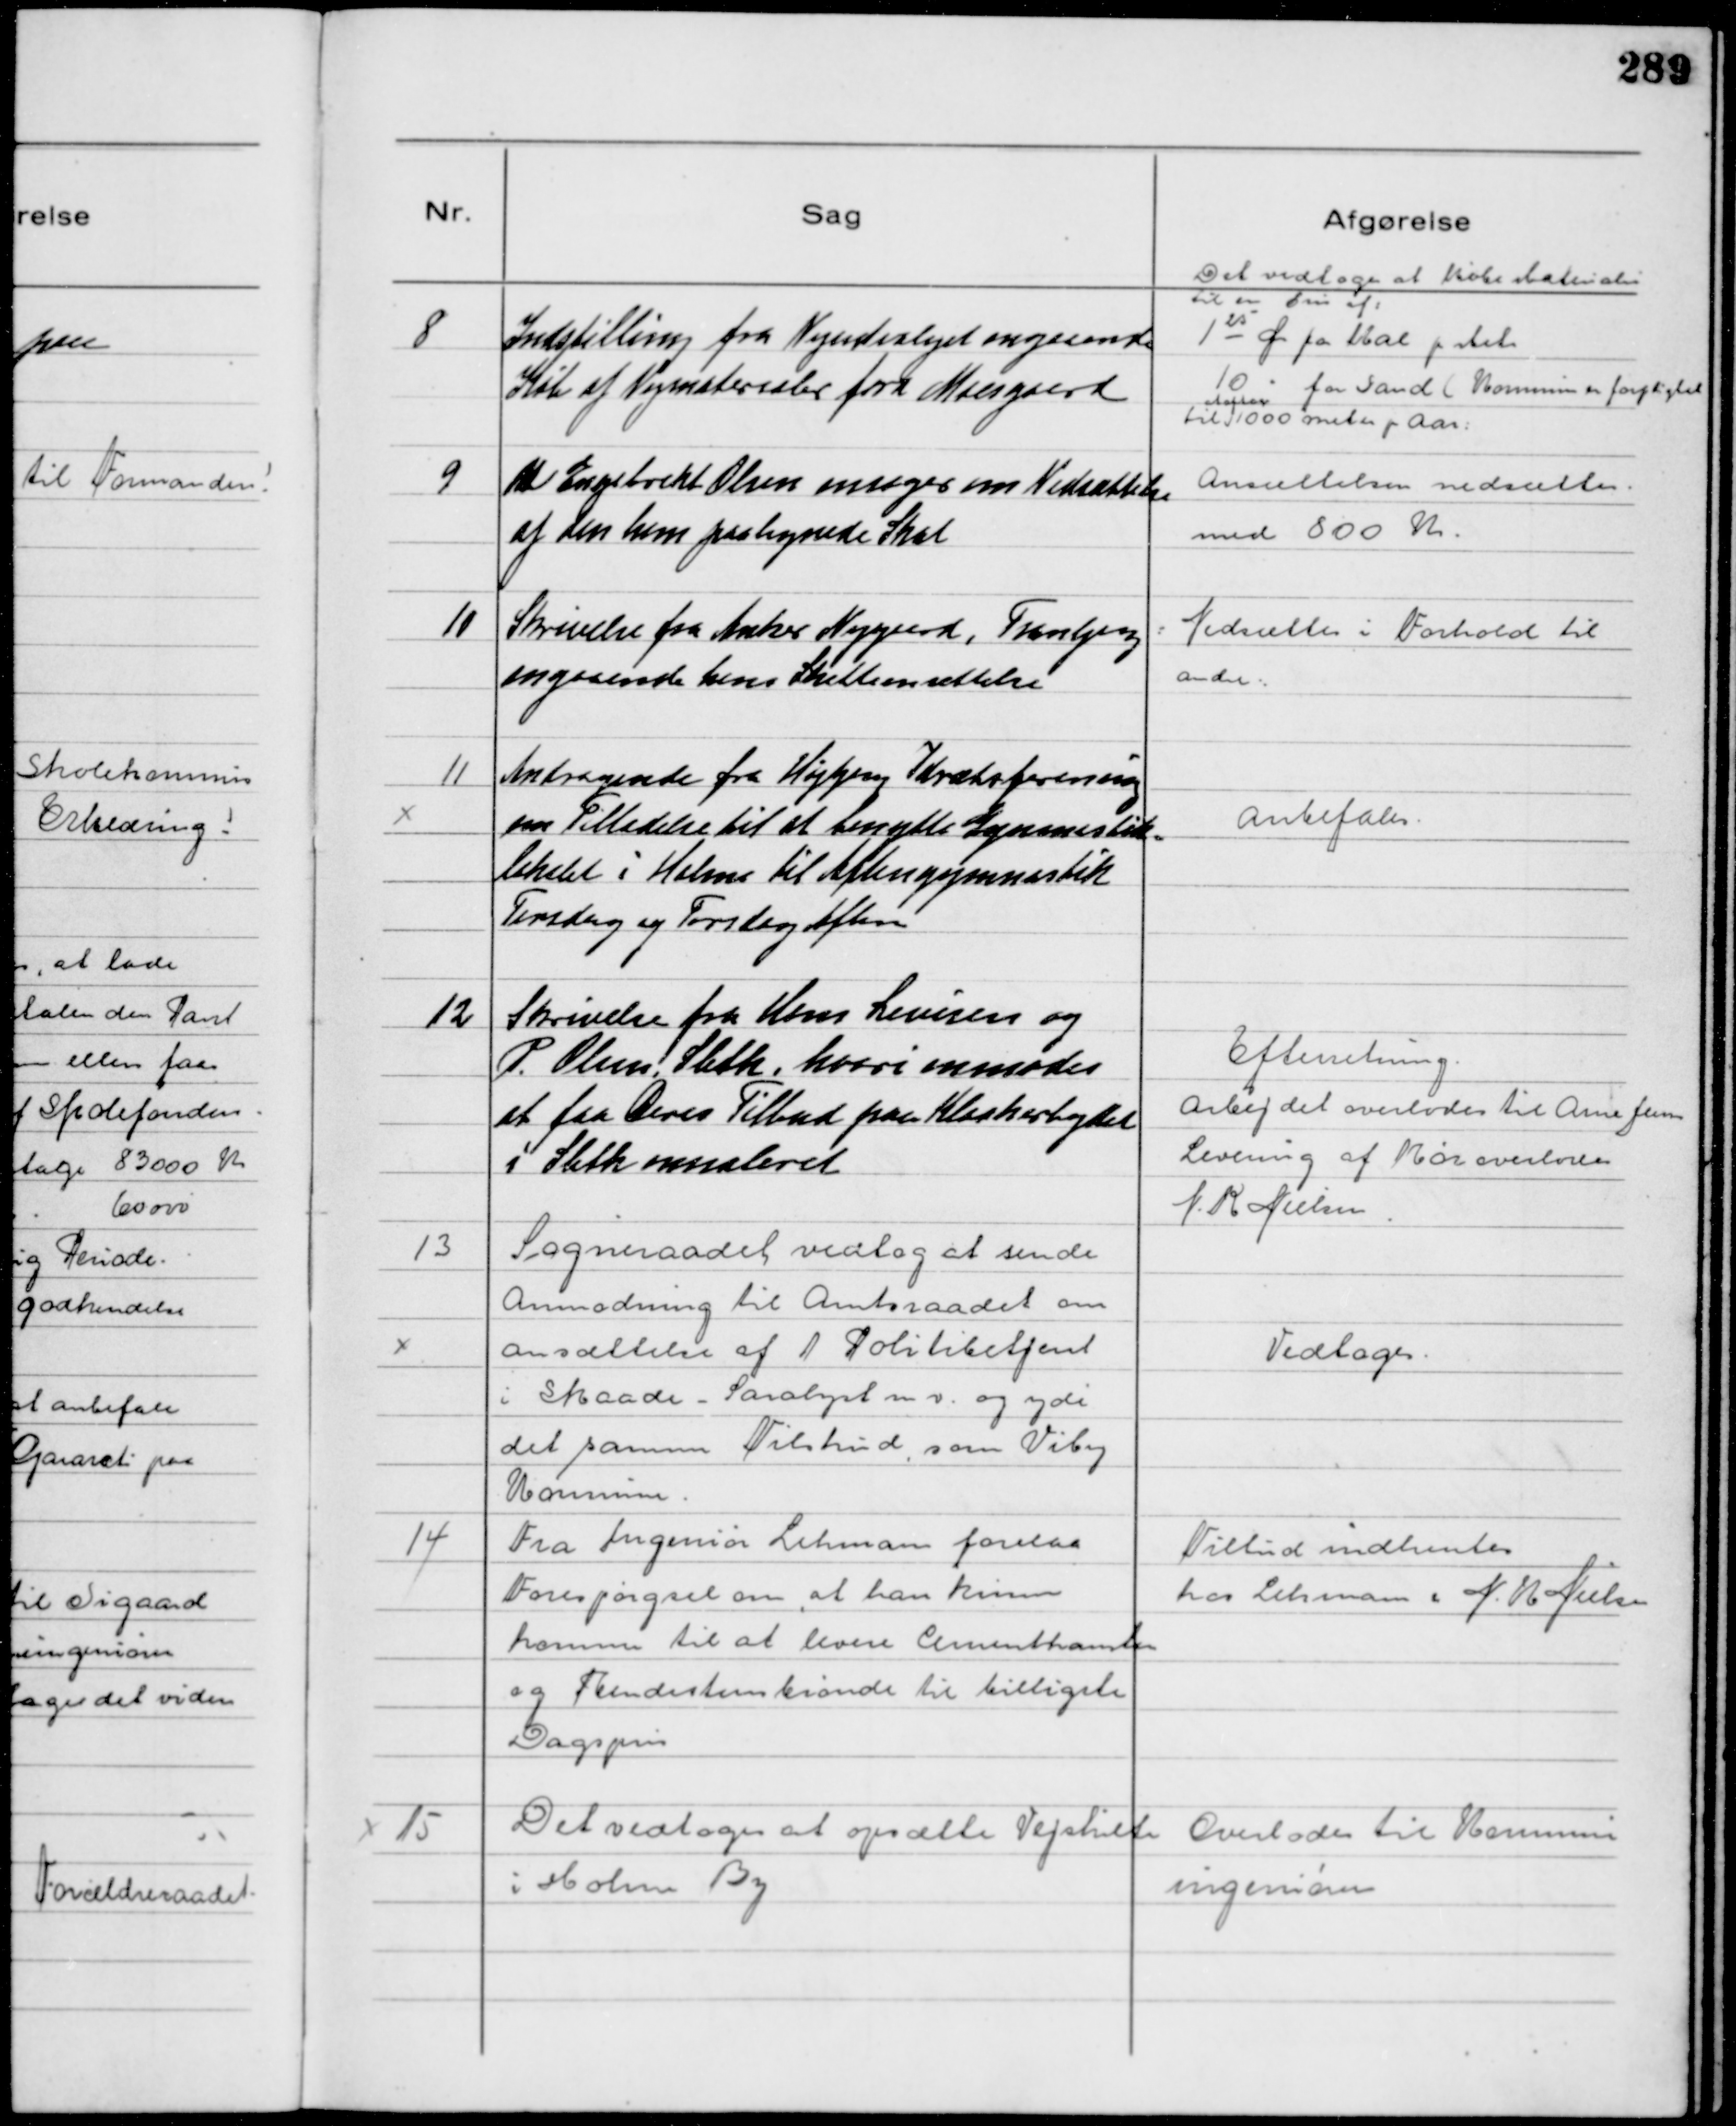
Transskription:
8
Indstilling fra Vejudvalget angaaende
Køb af Vejmateriale fra Moesgaard

Det vedtoges at købe Materialer
til en Pris af:
1 25 Øre pr Mal p stats 
10 - for Sand (Kommunen er forpligtet
til
at aftage
1000 meter pr Aar

9
M Engsbreckt Olsen ansøger om Nedsættelse
af den ham paalignede Skat

Ansættelsen nedsættes
med 800 Kr

10
Skrivelse fra Anker Nygaard, Tranbjerg
angaaende hans Skatteansættelse

Nedsættes i Forhold til
andre

11
Andragende fra Højbjerg Idrætsforening
om Tilladelse til at benytte Gymnastik-
lokalet i Holme Til Aftengymnastik
Tirsdag og Torsdag Aften

Anbefales

12
Skrivelse fra Hans Levisen og
P. Olsen, Sleth, hvori anmodes
at faa Deres Tilbud paa Kloakarbejdet
i Sleth annuleret

Efterretning
Arbejdet overlodes til Arne Jensen
Levering af Rør overlodes
N. K. Nielsen

13
Sogneraadet vedtog at sende
Anmodning til Amtsraadet om
ansættelse af 1 Politibetjent
i Skaade - Saralyst mv. og yde
det samme Tilskud som Viby
Kommune

Vedtoges

14
Fra Ingeniør Lehman forelaa
Forespørgsel om at han kunne
komme til at levere Cementkanter
og Rendestensbrønde til billigste
Dagspris

Tilbud indhentes
hos Lehman & N. M. Nielsen

15
Det vedtoges at opsætte Vejskilte
i Holme By

Overlodes til Kommune
ingeniøren